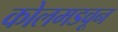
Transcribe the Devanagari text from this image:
कोलमडवून